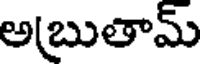
అ(బుతామ్